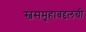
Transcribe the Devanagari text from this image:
स्वसमूहाबद्दलची